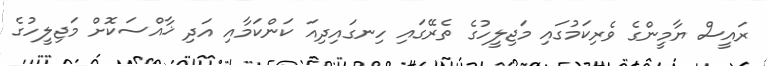
ރައީސް ޔާމީންގެ ވެރިކަމުގައި މަޖިލީހުގެ ތެރޭގައި ހިނގައިދިއަ ކަންކަމާއި އަދި ޚާއްސަކޮށް މަޖިލީހުގެ